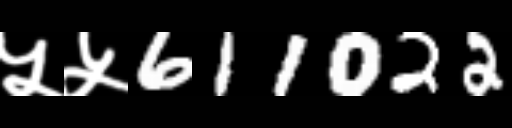
Text: ५५611022